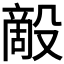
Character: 𰚇